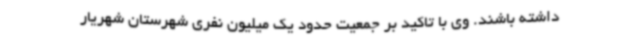
داشته باشند. وی با تاکید بر جمعیت حدود یک میلیون نفری شهرستان شهریار